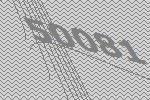
50081